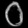
Digit: ၀